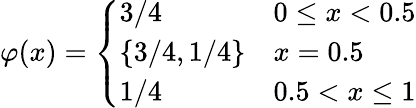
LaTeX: \varphi(x)={\left\{ \begin{array}{ll}{3/4}&{0\leq x<0.5}\\ {\{ 3/4,1/4\} }&{x=0.5}\\ {1/4}&{0.5<x\leq 1}\end{array}\right.}